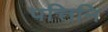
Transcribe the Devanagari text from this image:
पत्तिनि